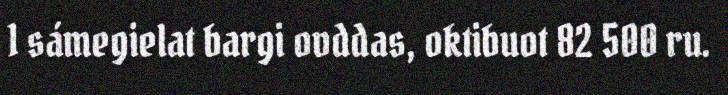
1 sámegielat bargi ovddas, oktibuot 82 500 ru.